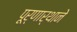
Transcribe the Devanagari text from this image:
पूर्णार्थाने